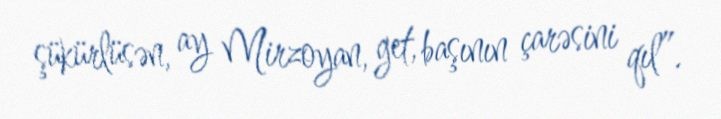
şükürlüsən, ay Mirzoyan, get, başının çarəsini qıl”.